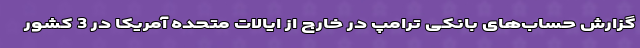
گزارش حساب‌های بانکی ترامپ در خارج از ایالات متحده آمریکا در 3 کشور